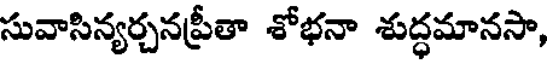
సువాసిన్యర్చనప్రీతా శోభనా శుద్ధమానసా,